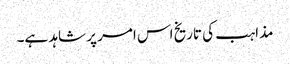
مذاہب کی تاریخ اس امر پر شاہد ہے۔